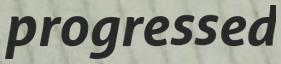
progressed